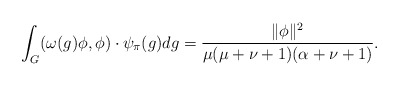
\begin{align*}\int_G(\omega(g)\phi,\phi) \cdot \psi_{\pi}(g)dg=\frac{\|\phi\|^2}{\mu(\mu+\nu+1)(\alpha+\nu+1)}.\end{align*}